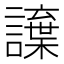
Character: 𮙂